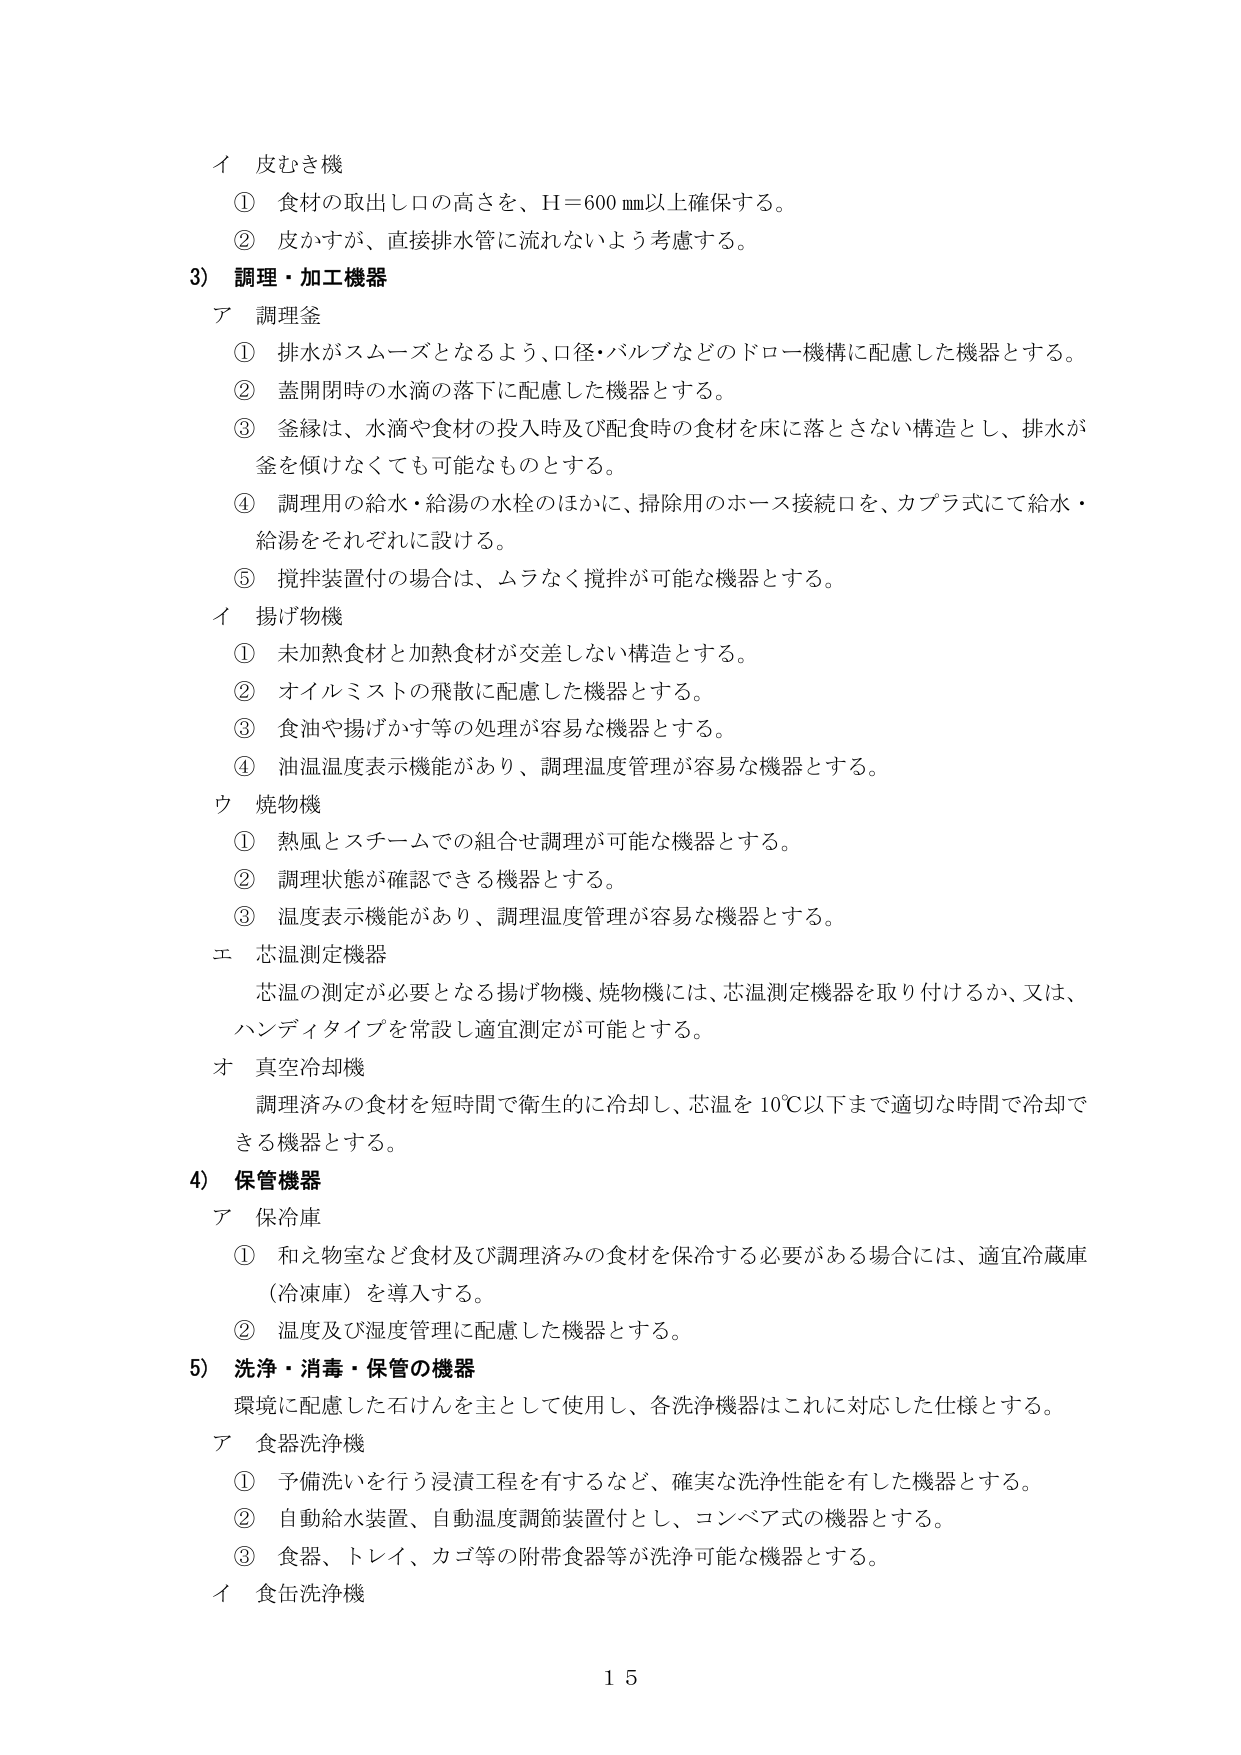
イ 皮むき機
① 食材の取出し口の高さを、H=600 mm以上確保する。
② 皮かすが、直接排水管に流れないよう考慮する。

3) 調理・加工機器
ア 調理釜
① 排水がスムーズとなるよう、口径・バルブなどのドロー機構に配慮した機器とする。
② 蓋開閉時の水滴の落下に配慮した機器とする。
③ 釜縁は、水滴や食材の投入時及び配食時の食材を床に落とさない構造とし、排水が釜を傾けなくても可能なものとする。
④ 調理用の給水・給湯の水栓のほかに、掃除用のホース接続口を、カプラ式にて給水・給湯をそれぞれに設ける。
⑤ 撹拌装置付の場合は、ムラなく撹拌が可能な機器とする。

イ 揚げ物機
① 未加熱食材と加熱食材が交差しない構造とする。
② オイルミストの飛散に配慮した機器とする。
③ 食油や揚げかす等の処理が容易な機器とする。
④ 油温温度表示機能があり、調理温度管理が容易な機器とする。

ウ 焼物機
① 熱風とスチームでの組合せ調理が可能な機器とする。
② 調理状態が確認できる機器とする。
③ 温度表示機能があり、調理温度管理が容易な機器とする。

エ 芯温測定機器
芯温の測定が必要となる揚げ物機、焼物機には、芯温測定機器を取り付けるか、又は、ハンディタイプを常設し適宜測定が可能とする。

オ 真空冷却機
調理済みの食材を短時間で衛生的に冷却し、芯温を10℃以下まで適切な時間で冷却できる機器とする。

4) 保管機器
ア 保冷庫
① 和え物室など食材及び調理済みの食材を保冷する必要がある場合には、適宜冷蔵庫（冷凍庫）を導入する。
② 温度及び湿度管理に配慮した機器とする。

5) 洗浄・消毒・保管の機器
環境に配慮した石けんを主として使用し、各洗浄機器はこれに対応した仕様とする。
ア 食器洗浄機
① 予備洗いを行う浸漬工程を有するなど、確実な洗浄性能を有した機器とする。
② 自動給水装置、自動温度調節装置付とし、コンベア式の機器とする。
③ 食器、トレイ、カゴ等の附帯食器等が洗浄可能な機器とする。
イ 食缶洗浄機

15